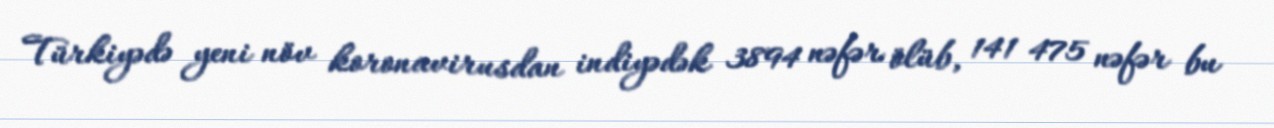
Türkiyədə yeni növ koronavirusdan indiyədək 3894 nəfər ölüb, 141 475 nəfər bu